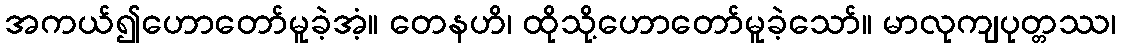
အကယ်၍ဟောတော်မူခဲ့အံ့။ တေနဟိ၊ ထိုသို့ဟောတော်မူခဲ့သော်။ မာလုကျပုတ္တဿ၊